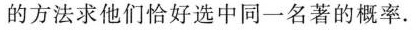
的方法求他们恰好选中同一名著的概率.